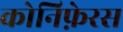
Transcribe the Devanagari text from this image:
कोनिफ़ेरस